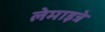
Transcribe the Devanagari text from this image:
लेमाइत्रे